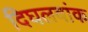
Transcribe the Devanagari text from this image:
दिघलबांक